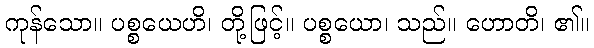
ကုန်သော။ ပစ္စယေဟိ၊ တို့ဖြင့်။ ပစ္စယော၊ သည်။ ဟောတိ၊ ၏။